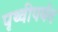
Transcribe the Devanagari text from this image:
पृथ्वीपर्यंत